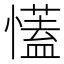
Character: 𢣏